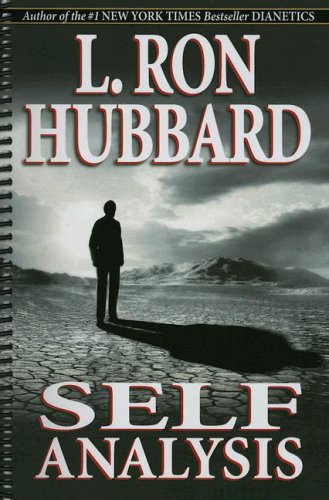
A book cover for Self Analysis [Spiral Bound]; L. Ron Hubbard; Self-Help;